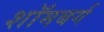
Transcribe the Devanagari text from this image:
शॉमबर्ग